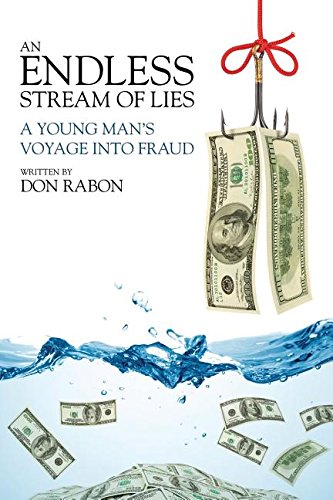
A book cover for An Endless Stream of Lies: A Young Man's Voyage Into Fraud; Don Rabon; Law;